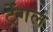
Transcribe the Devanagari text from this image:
ट्रेंगल